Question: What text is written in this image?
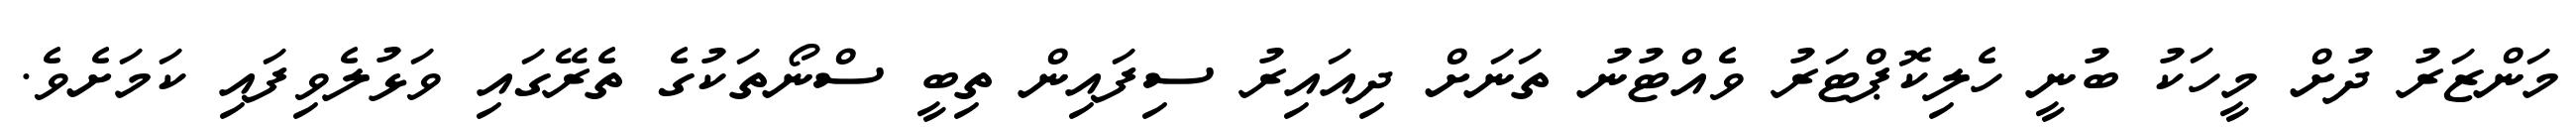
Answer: މަންޒަރު ދުށް މީހަކު ބުނީ ހެލިކޮޕްޓަރު ވެއްޓުނު ތަނަށް ދިއައިރު ސިފައިން ތިބީ ސްނޯތަކުގެ ތެރޭގައި ވަޅުލެވިފައި ކަމަށެވެ.